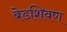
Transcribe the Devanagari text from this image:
बेडशिवण